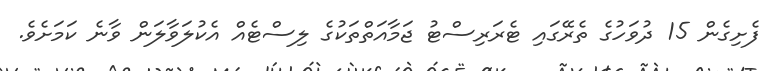
ފެށިގެން 15 ދުވަހުގެ ތެރޭގައި ޓެރަރިސްޓު ޖަމާއަތްތަކުގެ ލިސްޓެއް އެކުލަވާލަން ވާނެ ކަމަށެވެ.